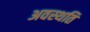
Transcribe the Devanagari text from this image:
अवस्थति